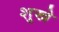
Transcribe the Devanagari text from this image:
शुखे